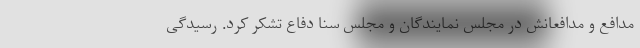
مدافع و مدافعانش در مجلس نمایندگان و مجلس سنا دفاع تشکر کرد. رسیدگی